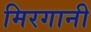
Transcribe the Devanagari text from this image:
मिरगानी